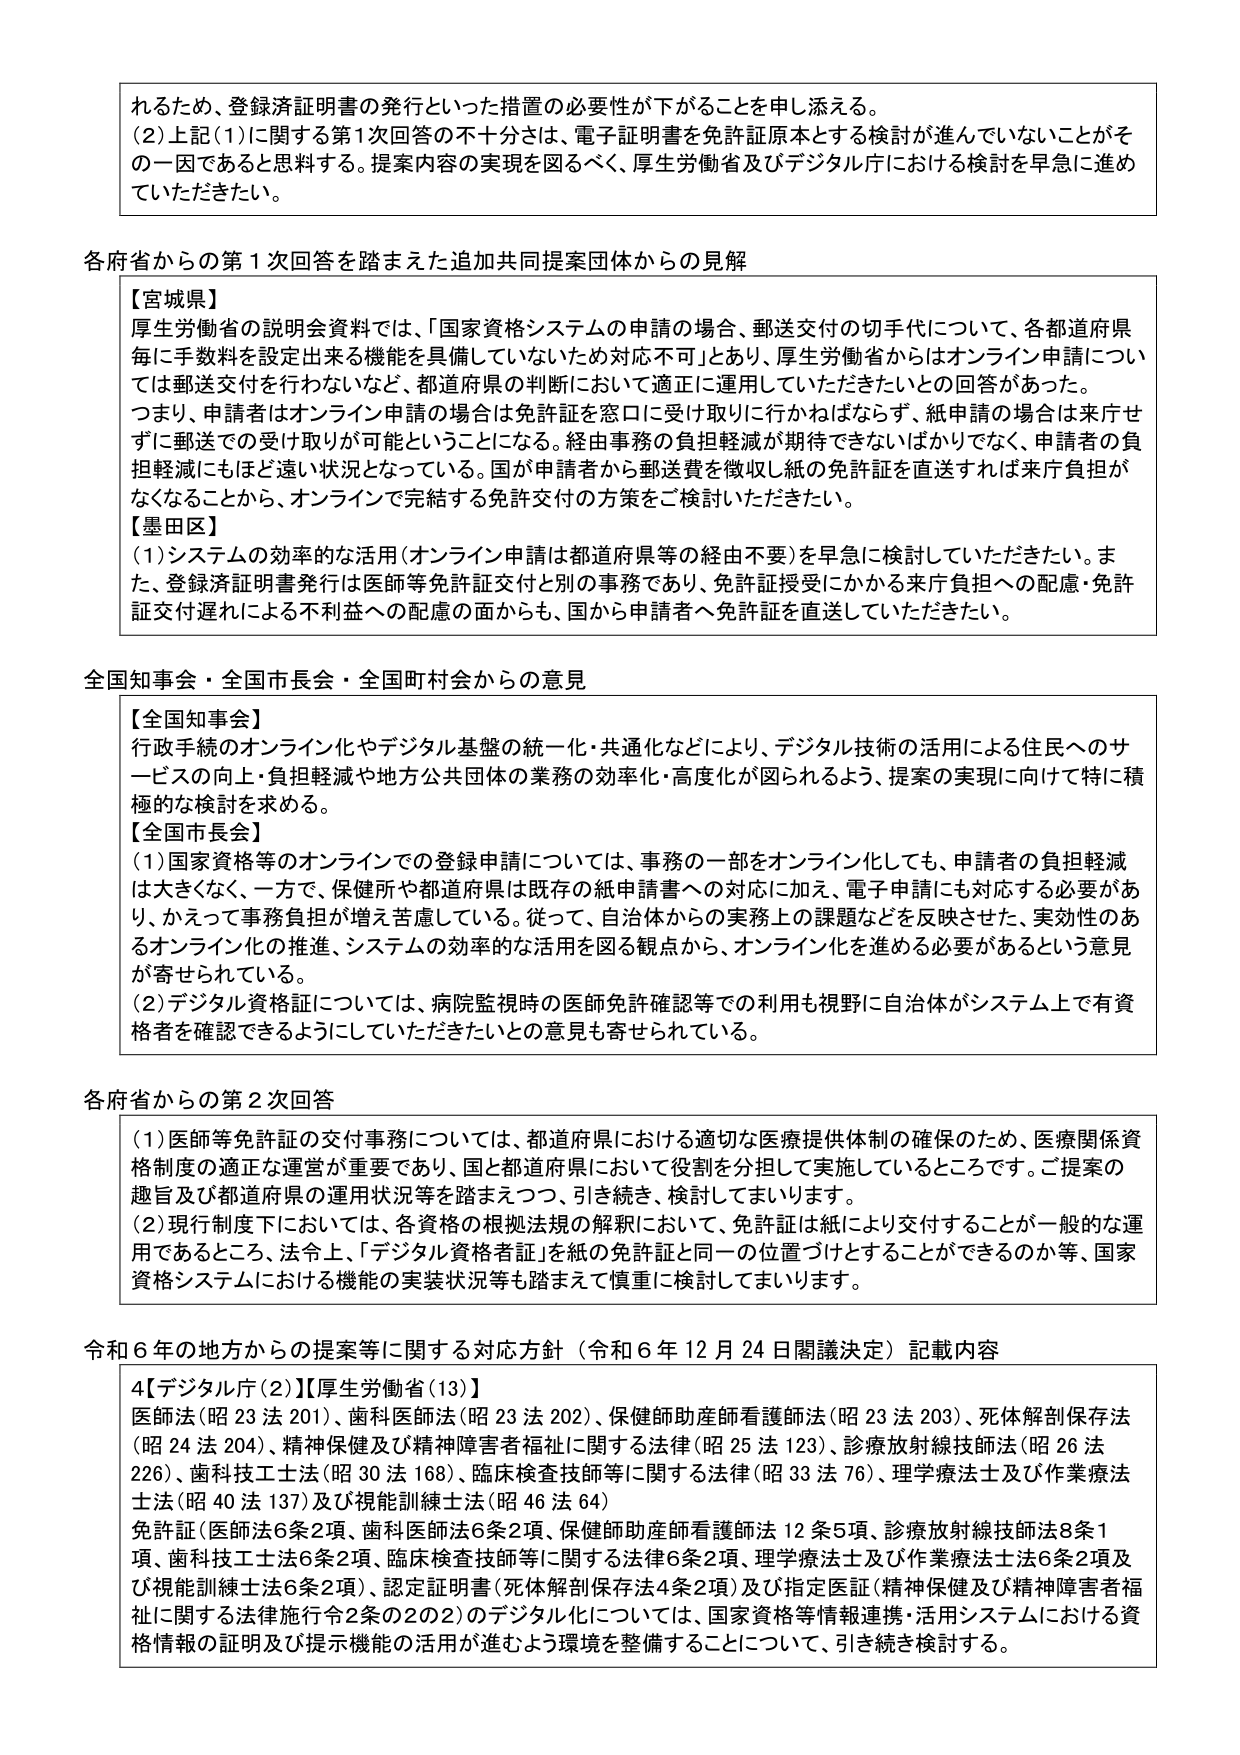
れるため、登録済証明書の発行といった措置の必要性が下がることを申し添える。
(2) 上記(1)に関する第1次回答の不十分さは、電子証明書を免許証原本とする検討が進んでいないことがその一因であると思料する。提案内容の実現を図るべく、厚生労働省及びデジタル庁における検討を早急に進めていただきたい。

各府省からの第1次回答を踏まえた追加共同提案団体からの見解
【宮城県】
厚生労働省の説明会資料では、「国家資格システムの申請の場合、郵送交付の切手代について、各都道府県毎に手数料を設定出来る機能を具備していないため対応不可」とあり、厚生労働省からはオンライン申請については郵送交付を行わないなど、都道府県の判断において適正に運用していただきたいとの回答があった。
つまり、申請者はオンライン申請の場合は免許証を窓口に受け取りに行かねばならず、紙申請の場合は来庁せずに郵送での受け取りが可能ということになる。経由事務の負担軽減が期待できないばかりでなく、申請者の負担軽減にもほど遠い状況となっている。国が申請者から郵送費を徴収し紙の免許証を直送すれば来庁負担がなくなることから、オンラインで完結する免許交付の方策をご検討いただきたい。
【墨田区】
(1) システムの効率的な活用（オンライン申請は都道府県等の経由不要）を早急に検討していただきたい。また、登録済証明書発行は医師等免許証交付と別の事務であり、免許証受付にかかる来庁負担への配慮・免許証交付遅れによる不利益への配慮の面からも、国から申請者へ免許証を直送していただきたい。

全国知事会・全国市長会・全国町村会からの意見
【全国知事会】
行政手続のオンライン化やデジタル基盤の統一化・共通化などにより、デジタル技術の活用による住民へのサービスの向上・負担軽減や地方公共団体の業務の効率化・高度化が図られるよう、提案の実現に向けて特に積極的な検討を求める。
【全国市長会】
(1) 国家資格等のオンラインでの登録申請については、事務の一部をオンライン化しても、申請者の負担軽減は大きくなく、一方で、保健所や都道府県は既存の紙申請書への対応に加え、電子申請にも対応する必要があり、かえって事務負担が増え苦慮している。従って、自治体からの実務上の課題などを反映させた、実効性のあるオンライン化の推進、システムの効率的な活用を図る観点から、オンライン化を進める必要があるという意見が寄せられている。
(2) デジタル資格証については、病院監視時の医師免許確認等での利用も視野に自治体がシステム上で有資格者を確認できるようにしていただきたいとの意見も寄せられている。

各府省からの第2次回答
(1) 医師等免許証の交付事務については、都道府県における適切な医療提供体制の確保のため、医療関係資格制度の適正な運営が重要であり、国と都道府県において役割を分担して実施しているところです。ご提案の趣旨及び都道府県の運用状況等を踏まえつつ、引き続き、検討してまいります。
(2) 現行制度下においては、各資格の根拠法規の解釈において、免許証は紙により交付することが一般的な運用であるところ、法令上、「デジタル資格者証」を紙の免許証と同一の位置づけとすることができるのか等、国家資格システムにおける機能の実装状況等も踏まえて慎重に検討してまいります。

令和6年の地方からの提案等に関する対応方針（令和6年12月24日閣議決定）記載内容
4【デジタル庁(2)】【厚生労働省(13)】
医師法（昭23法201）、歯科医師法（昭23法202）、保健師助産師看護師法（昭23法203）、死体解剖保存法（昭24法204）、精神保健及び精神障害者福祉に関する法律（昭25法123）、診療放射線技師法（昭26法226）、歯科技工士法（昭30法168）、臨床検査技師等に関する法律（昭33法76）、理学療法士及び作業療法士法（昭40法137）及び視能訓練士法（昭46法64）
免許証（医師法6条2項、歯科医師法6条2項、保健師助産師看護師法12条5項、診療放射線技師法8条1項、歯科技工士法6条2項、臨床検査技師等に関する法律6条2項、理学療法士及び作業療法士法6条2項及び視能訓練士法6条2項）、認定証明書（死体解剖保存法4条2項）及び指定医証（精神保健及び精神障害者福祉に関する法律施行令2条の2の2）のデジタル化については、国家資格等情報連携・活用システムにおける資格情報の証明及び提示機能の活用が進むよう環境を整備することについて、引き続き検討する。